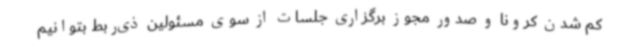
کم شدن کرونا و صدور مجوز برگزاری جلسات از سوی مسئولین ذی‌ربط بتوانیم